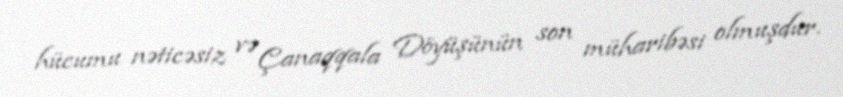
hücumu nəticəsiz və Çanaqqala Döyüşünün son müharibəsi olmuşdur.